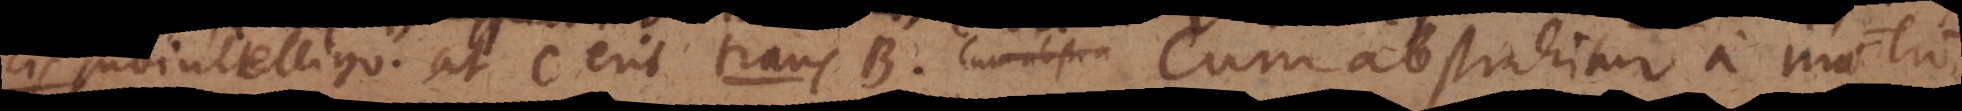
cis subintelligo. At C erit trans B. Cum abstrahitur a mo